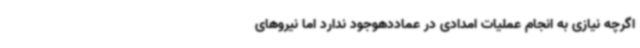
اگرچه نیازی به انجام عملیات امدادی در عماددهوجود ندارد اما نیروهای